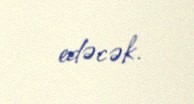
edəcək.